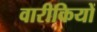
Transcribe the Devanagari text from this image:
वारीकियों